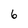
Character: 6